Lunatic asylums Punjab 1881-1894 - 1881-1894
Year: 1881
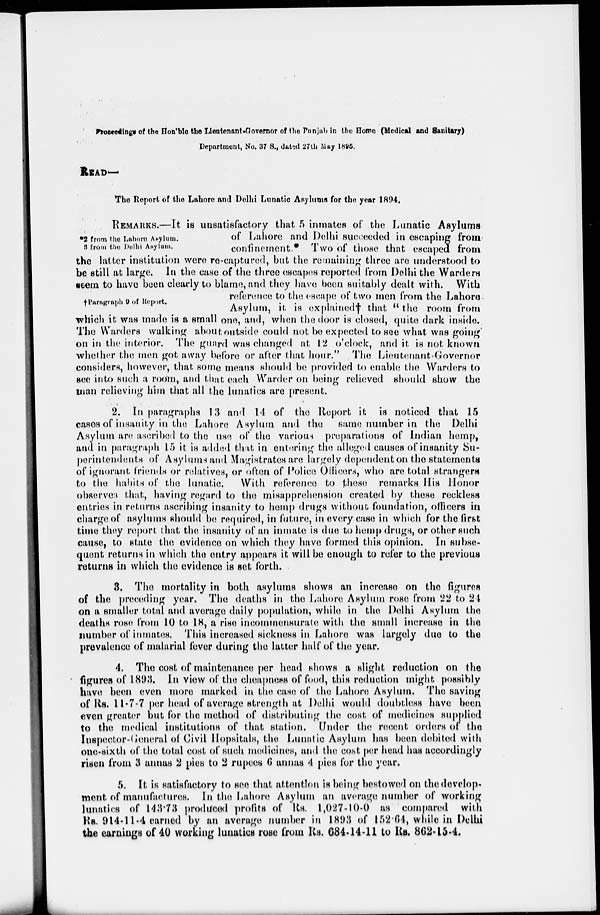
Proceeding of the Hon'ble the Lieutenant-Governor of the Punjab in the Home (Medical and Sanitary)
Department, No. 37 S., dated 27th May 1895.
READ—
The Roport of the Lahore and Delhi Lunatic Asylums for the year 1894.
2 from the Lahore Asylum.
3 from the Delhi Asylum.
† Paragraph 9 of Report.
REMARKS.—It is unsatisfactory that 5 inmates of the Lunatic Asylums
of Lahore and Delhi succeeded in escaping from
confinement.* Two of those that escaped from
the latter institution were re-captured, but the remaining three are understood to
be still at large. In the case of the three escapes reported from Delhi the Warders
seem to have been clearly to blame, and they have been suitably dealt with. With
reference to the escape of two men from the Lahore
Asylum, it is explained † that "the room from
which it was made is a small one, and, when the door is closed, quite dark inside.
The Warders walking about outside could not be expected to see what was going
on in the interior. The guard was changed at 12 o'clock, and it is not known
whether the men got away before or after that hour." The Lieutenant-Governor
considers, however, that some means should be provided to enable the Warders to
see into such a room, and that each Warder on being relieved should show the
man relieving him that all the lunatics are present.
2. In paragraphs 13 and 14 of the Report it is noticed that 15
cases of insanity in the Lahore Asylum and the
same number in the Delhi
Asylum are ascribed to the use of the various preparations of Indian hemp,
and in paragraph 15 it is added that in entering the alleged causes of insanity Su-
perintendents of Asylums and Magistrates are largely dependent on the statements
of ignorant friends or relatives, or often of Police Officers, who are total strangers
to the habits of the lunatic.
With reference to these remarks His Honor
observes that, having regard to the misapprehension created by these reckless
entries in returns ascribing insanity to hemp drugs without foundation, officers in
charge of asylums should be required, in future, in every case in which for the first
time they report that the insanity of an inmate is due to hemp drugs, or other such
cause, to state the evidence on which they have formed this opinion. In subse-
quent returns in which the entry appears it will be enough to refer to the previous
returns in which the evidence is set forth.
3. The mortality in both asylums shows an increase on the figures
of the preceding year. The deaths in the Lahore Asylum rose from 22 to 24
on a smaller total and average daily population, while in the Delhi Asylum the
deaths rose from 10 to 18, a rise incommensurate with the small increase in the
number of inmates. This increased sickness in Lahore was largely due to the
prevalence of malarial fever during the latter half of the year.
4. The cost of maintenance per head shows a slight reduction on the
figures of 1893. In view of the cheapness of food, this reduction might possibly
have been even more marked in the case of the Lahore Asylum. The saving
of Rs. 11-7-7 per head of average strength at Delhi would doubtless have been
even greater but for the method of distributing the cost of medicines supplied
to the medical institutions of that station. Under the recent orders of the
Inspector-General of Civil Hospitals, the Lunatic Asylum has been debited with
one-sixth of the total cost of such medicines, and the cost per head has accordingly
risen from 3 annas 2 pies to 2 rupees 6 annas 4 pies for the year.
5. It is satisfactory to see that attention is being bestowed on the develop-
ment of manufactures. In the Lahore Asylum an average number of working
lunatics of 143.73 produced profits of Rs. 1,027-10-0 as compared with
Rs. 914-11-4 earned by an average number in 1893 of 152.64, while in Delhi
the earnings of 40 working lunatics rose from Rs. 684-44-11 to Rs. 862-15-4.